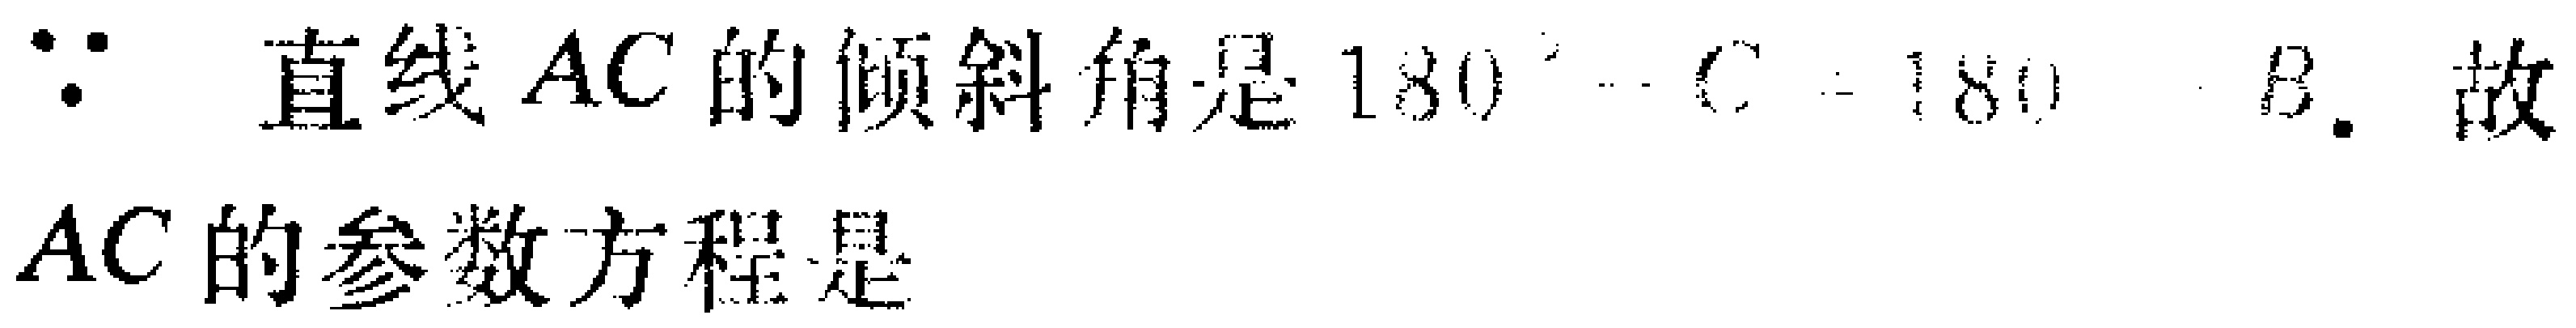
$\because$ 直线 $AC$ 的倾斜角是 $180^{\circ}-C = 180 - B$. 故

$AC$ 的参数方程是